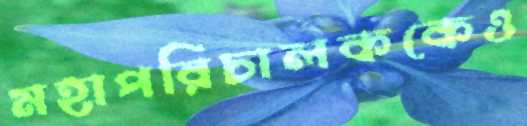
মহাপরিচালককেও